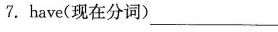
7.have(现在分词)